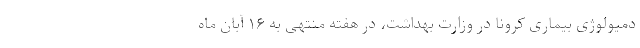
دمیولوژی بیماری کرونا در وزارت بهداشت، در هفته منتهی به ۱۶ آبان ماه